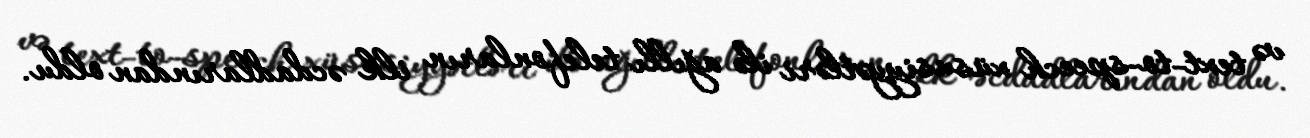
və text-to-speech xüsusiyyətləri ilə ağıllı telefonların ilk əcdadlarından oldu.